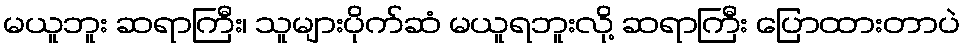
မယူဘူး ဆရာကြီး၊ သူများပိုက်ဆံ မယူရဘူးလို့ ဆရာကြီး ပြောထားတာပဲ